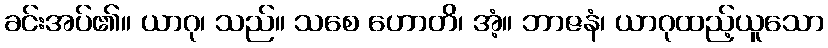
ခင်းအပ်၏။ ယာဂု၊ သည်။ သစေ ဟောတိ၊ အံ့။ ဘာဇနံ၊ ယာဂုထည့်ယူသော